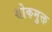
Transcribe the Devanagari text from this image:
शोकमुक्त